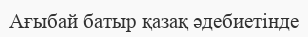
Ағыбай батыр қазақ әдебиетінде